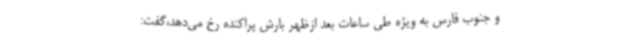
و جنوب فارس به ویژه طی ساعات بعد ازظهر بارش پراکنده رخ می‌دهد،گفت: